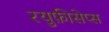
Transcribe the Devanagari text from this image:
रयुफ़ीसेप्स